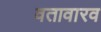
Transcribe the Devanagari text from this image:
वतावारव